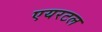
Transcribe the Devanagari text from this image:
एयरटल